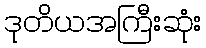
ဒုတိယအကြီးဆုံး